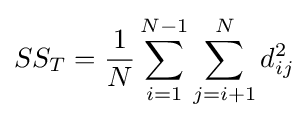
SS_{T}={\frac {1}{N}}\sum _{i=1}^{N-1}\sum _{j=i+1}^{N}d_{ij}^{2}